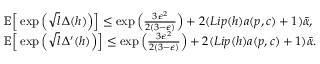
\begin{array} { r l } & { \mathbb { E } \Big [ \exp \Big ( \sqrt { l } \, \Delta ( h ) \Big ) \Big ] \leq \exp \Big ( \frac { 3 \epsilon ^ { 2 } } { 2 ( 3 - \epsilon ) } \Big ) + 2 ( L i p ( h ) a ( p , c ) + 1 ) \bar { \alpha } , } \\ & { \mathbb { E } \Big [ \exp \Big ( \sqrt { l } \, \Delta ^ { \prime } ( h ) \Big ) \Big ] \leq \exp \Big ( \frac { 3 \epsilon ^ { 2 } } { 2 ( 3 - \epsilon ) } \Big ) + 2 ( L i p ( h ) a ( p , c ) + 1 ) \bar { \alpha } . } \end{array}